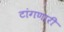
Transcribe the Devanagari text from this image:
टांगणारी